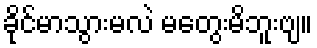
ခိုင်မာသွားမလဲ မတွေးမိဘူးဗျ။